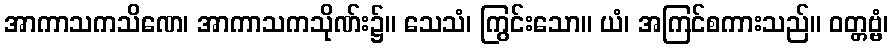
အာကာသကသိဏေ၊ အာကာသကသိုဏ်း၌။ သေသံ၊ ကြွင်းသော။ ယံ၊ အကြင်စကားသည်။ ဝတ္တဗ္ဗံ၊